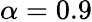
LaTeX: \alpha=0.9